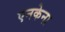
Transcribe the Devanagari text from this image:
एनकेना